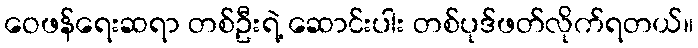
ဝေဖန်ရေးဆရာ တစ်ဦးရဲ့ ဆောင်းပါး တစ်ပုဒ်ဖတ်လိုက်ရတယ်။